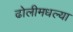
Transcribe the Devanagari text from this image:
ढोलीमधल्या